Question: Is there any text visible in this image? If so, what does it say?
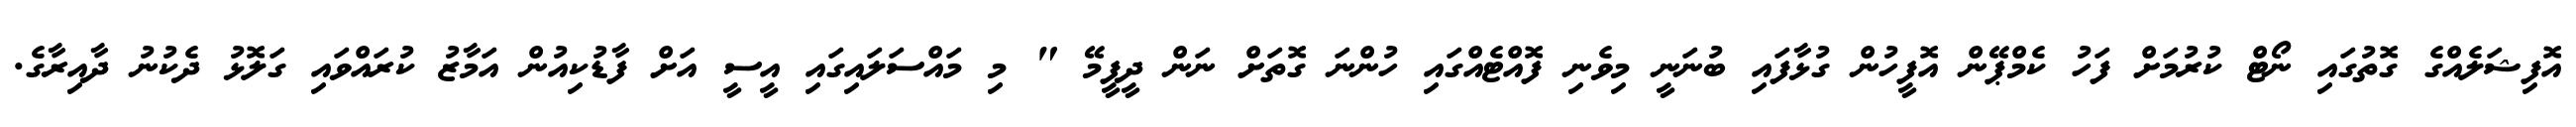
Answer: އޮފިޝަލެއްގެ ގޮތުގައި ނޯޓް ކުރުމަށް ފަހު ކެމްޕޭން އޮފީހުން ގުޅާފައި ބުނަނީ މިވެނި ފޮއްޓެއްގައި ހުންނަ ގޮތަށް ނަން ދީފީމޭ " މި މައްސަލައިގައި އީސީ އަށް ފާޑުކިއުން އަމާޒު ކުރައްވައި ގަލޮޅު ދެކުނު ދާއިރާގެ.